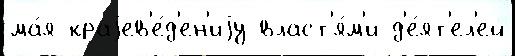
ма́я краjев'е́д'ен'иjу власт'я́м'и д'е́ят'ел'ей